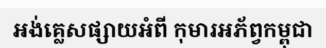
អង់គ្លេសផ្សាយអំពី កុមារអភ័ព្វកម្ពុជា